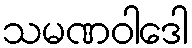
သမဏဝါဒေါ